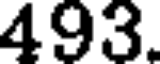
493.